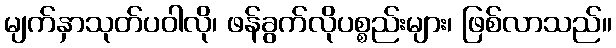
မျက်နှာသုတ်ပဝါလို၊ ဖန်ခွက်လိုပစ္စည်းများ၊ ဖြစ်လာသည်။